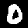
Label: 0